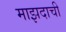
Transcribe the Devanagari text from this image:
माझदाची